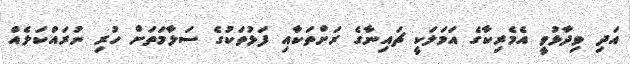
އަދި ވިދާޅުވީ އެމެރިކާގެ އަމަލަކީ ޗައިނާގެ ރަށްތަކާއި ފަޅުތަކުގެ ސަލާމަތަށް ހުރި ނުރައްކަލެއް